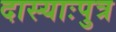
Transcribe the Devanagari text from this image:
दास्याःपुत्र